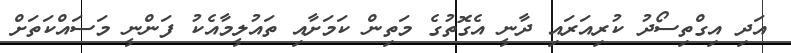
އަދި އިގްތިސޯދު ކުރިއަރައި ދާނީ އެގޮތުގެ މަތިން ކަމަށާއި ތައުލީމާއެކު ފަންނީ މަސައްކަތަށް